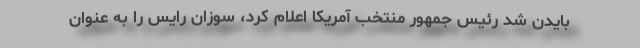
بایدن شد رئیس جمهور منتخب آمریکا اعلام کرد، سوزان رایس را به عنوان